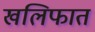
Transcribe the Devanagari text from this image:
खलिफात